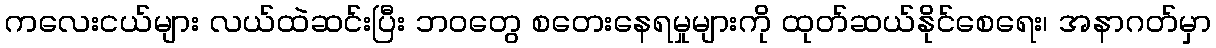
ကလေးငယ်များ လယ်ထဲဆင်းပြီး ဘဝတွေ စတေးနေရမှုများကို ထုတ်ဆယ်နိုင်စေရေး၊ အနာဂတ်မှာ